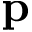
\mathbf { p }